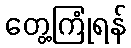
တွေ့ကြုံရန်